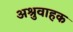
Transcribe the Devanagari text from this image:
अश्रुवाहक